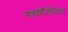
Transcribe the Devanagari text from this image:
गद्यशैलीकार